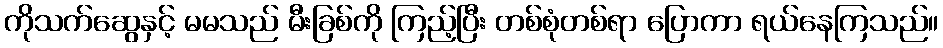
ကိုသက်ဆွေနှင့် မမသည် မီးခြစ်ကို ကြည့်ပြီး တစ်စုံတစ်ရာ ပြောကာ ရယ်နေကြသည်။